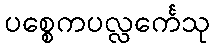
ပစ္စေကပလ္လင်္ကေသု